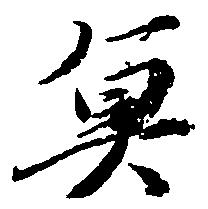
魚